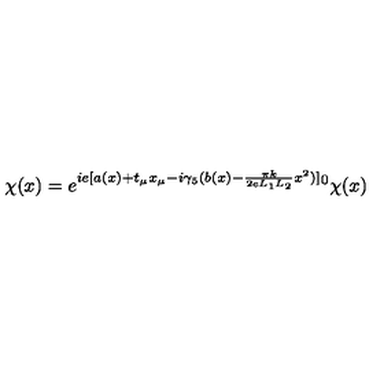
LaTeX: \chi ( x ) = e ^ { i e [ a ( x ) + t _ { \mu } x _ { \mu } - i \gamma _ { 5 } ( b ( x ) - \frac { \pi k } { 2 e L _ { 1 } L _ { 2 } } x ^ { 2 } ) ] } ^ { 0 } \chi ( x )